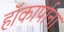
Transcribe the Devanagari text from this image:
हॉकार्पाना